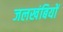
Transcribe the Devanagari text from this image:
जलखंबियों